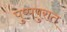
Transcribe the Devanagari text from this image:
पुष्पपुरात